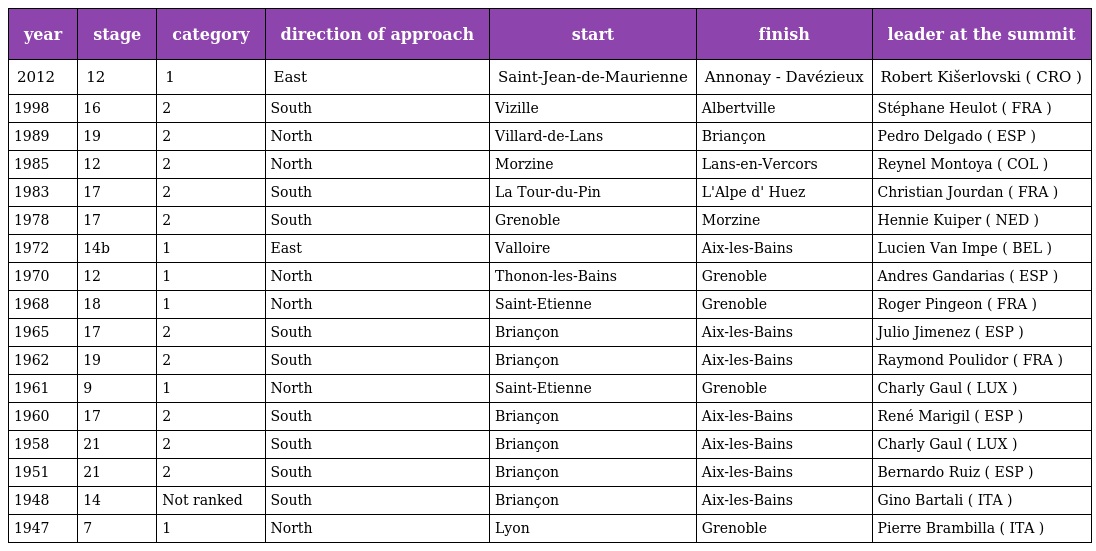
| year | stage | category | direction of approach | start | finish | leader at the summit |
 | --- | --- | --- | --- | --- | --- | --- |
 | 2012 | 12 | 1 | East | Saint-Jean-de-Maurienne | Annonay - Davézieux | Robert Kišerlovski ( CRO ) |
 | 1998 | 16 | 2 | South | Vizille | Albertville | Stéphane Heulot ( FRA ) |
 | 1989 | 19 | 2 | North | Villard-de-Lans | Briançon | Pedro Delgado ( ESP ) |
 | 1985 | 12 | 2 | North | Morzine | Lans-en-Vercors | Reynel Montoya ( COL ) |
 | 1983 | 17 | 2 | South | La Tour-du-Pin | L'Alpe d' Huez | Christian Jourdan ( FRA ) |
 | 1978 | 17 | 2 | South | Grenoble | Morzine | Hennie Kuiper ( NED ) |
 | 1972 | 14b | 1 | East | Valloire | Aix-les-Bains | Lucien Van Impe ( BEL ) |
 | 1970 | 12 | 1 | North | Thonon-les-Bains | Grenoble | Andres Gandarias ( ESP ) |
 | 1968 | 18 | 1 | North | Saint-Etienne | Grenoble | Roger Pingeon ( FRA ) |
 | 1965 | 17 | 2 | South | Briançon | Aix-les-Bains | Julio Jimenez ( ESP ) |
 | 1962 | 19 | 2 | South | Briançon | Aix-les-Bains | Raymond Poulidor ( FRA ) |
 | 1961 | 9 | 1 | North | Saint-Etienne | Grenoble | Charly Gaul ( LUX ) |
 | 1960 | 17 | 2 | South | Briançon | Aix-les-Bains | René Marigil ( ESP ) |
 | 1958 | 21 | 2 | South | Briançon | Aix-les-Bains | Charly Gaul ( LUX ) |
 | 1951 | 21 | 2 | South | Briançon | Aix-les-Bains | Bernardo Ruiz ( ESP ) |
 | 1948 | 14 | Not ranked | South | Briançon | Aix-les-Bains | Gino Bartali ( ITA ) |
 | 1947 | 7 | 1 | North | Lyon | Grenoble | Pierre Brambilla ( ITA ) |